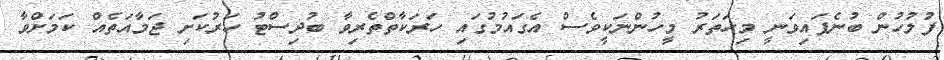
ފުލުހުން ބުނެފައިވަނީ މިހަތަރު މީހުންނަކީވެސް އެގައުމުގައި ހަރަކާތްތެރިވާ ބުދިސްޓު ހަރުކަށި ޖަމާއަތެއް ކަމަށްވާ